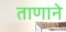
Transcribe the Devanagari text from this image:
ताणाने